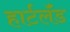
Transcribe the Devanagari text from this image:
हार्टलॅंड